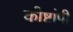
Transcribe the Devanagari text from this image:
कोष्टांपी